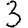
Digit: 3